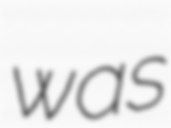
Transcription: was